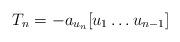
LaTeX: \begin{align*}T_n = -a_{u_n} [u_1\dots u_{n-1}]\end{align*}